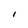
Character: I